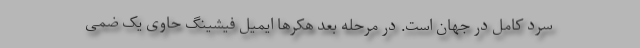
سرد کامل در جهان است. در مرحله بعد هکرها ایمیل فیشینگ حاوی یک ضمی